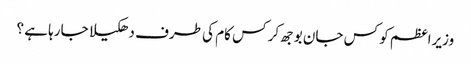
وزیراعظم کو کس جان بوجھ کر کس کام کی طرف دھکیلا جارہا ہے ؟